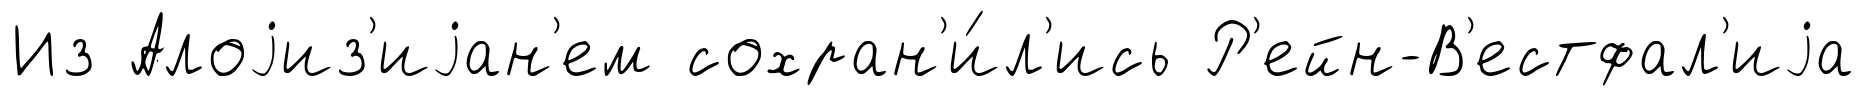
Из Алоjиз'иjан'ем сохран'и́л'ись Р'ейн-В'естфал'иjа